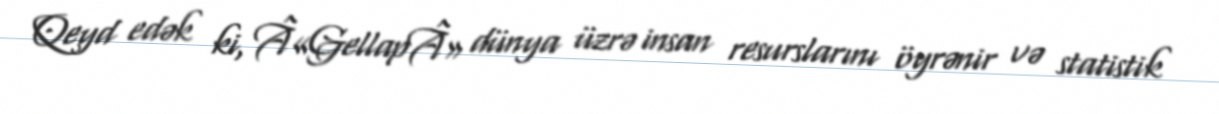
Qeyd edək ki, Â«GellapÂ» dünya üzrə insan resurslarını öyrənir və statistik